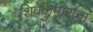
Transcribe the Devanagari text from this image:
शिवकुमारांना